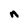
Character: n